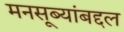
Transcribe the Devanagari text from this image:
मनसूब्यांबद्दल